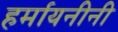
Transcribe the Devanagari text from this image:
हर्मायनीनी